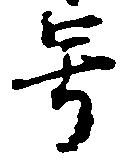
号